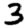
Digit: 3